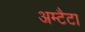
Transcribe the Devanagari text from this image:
अम्टैटा